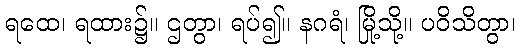
ရထေ၊ ရထား၌။ ဌတွာ၊ ရပ်၍။ နဂရံ၊ မြို့သို့။ ပဝိသိတွာ၊